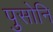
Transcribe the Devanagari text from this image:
पुसोनि